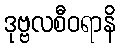
ဒုဗ္ဗလစီဝရာနိ